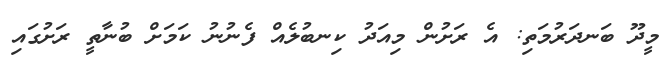
މީދޫ ބަނދަރުމަތި: އެ ރަށުން މިއަދު ކިނބުލެއް ފެނުނު ކަމަށް ބުނާތީ ރަށުގައި